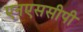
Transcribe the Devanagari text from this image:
एनएससीपी